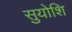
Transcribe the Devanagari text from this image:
सुयोशि